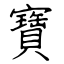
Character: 寶